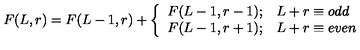
F ( L , r ) = F ( L - 1 , r ) + \left\{ \begin{array} { c l } { F ( L - 1 , r - 1 ) ; } & { L + r \equiv o d d } \\ { F ( L - 1 , r + 1 ) ; } & { L + r \equiv e v e n } \\ \end{array} \right.